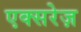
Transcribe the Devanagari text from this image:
एक्सरेज़